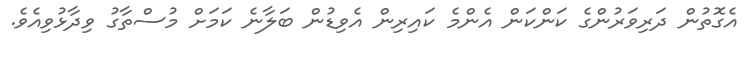
އެގޮތުން ދަރިވަރުންގެ ކަންކަން އެންމެ ކައިރިން އެވިޑުން ބަލާނެ ކަމަށް މުސްތާގު ވިދާޅުވިއެވެ.